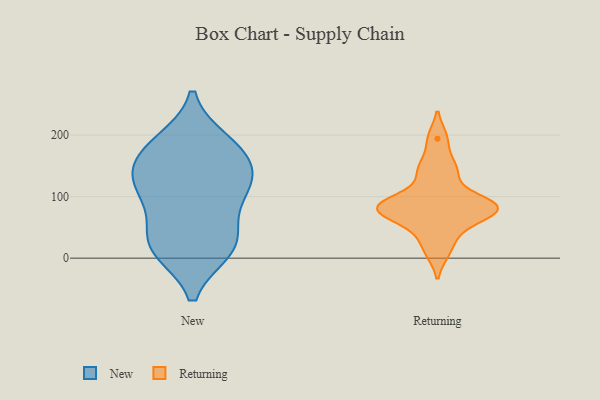
{"axis": {"x": "Bounce Rate (%)", "y": "Value"}, "legend": ["New", "Returning"], "data": [{"x": "", "y": 112, "type": "New"}, {"x": "", "y": 31, "type": "New"}, {"x": "", "y": 54, "type": "New"}, {"x": "", "y": 185, "type": "New"}, {"x": "", "y": 131, "type": "New"}, {"x": "", "y": 130, "type": "New"}, {"x": "", "y": 167, "type": "New"}, {"x": "", "y": 96, "type": "New"}, {"x": "", "y": 13, "type": "New"}, {"x": "", "y": 166, "type": "New"}, {"x": "", "y": 120, "type": "New"}, {"x": "", "y": 13, "type": "New"}, {"x": "", "y": 16, "type": "New"}, {"x": "", "y": 189, "type": "New"}, {"x": "", "y": 82, "type": "Returning"}, {"x": "", "y": 67, "type": "Returning"}, {"x": "", "y": 75, "type": "Returning"}, {"x": "", "y": 39, "type": "Returning"}, {"x": "", "y": 194, "type": "Returning"}, {"x": "", "y": 86, "type": "Returning"}, {"x": "", "y": 146, "type": "Returning"}, {"x": "", "y": 87, "type": "Returning"}, {"x": "", "y": 11, "type": "Returning"}, {"x": "", "y": 80, "type": "Returning"}, {"x": "", "y": 94, "type": "Returning"}, {"x": "", "y": 140, "type": "Returning"}]}